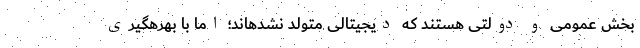
بخش عمومی و دولتی هستند که دیجیتالی متولد نشدهاند؛ اما با بهرهگیری